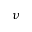
\nu